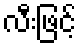
လီးဖြင့်